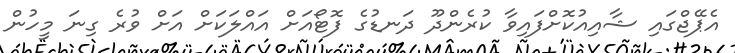
އެޕޭޖްގައި ޝާއިއުކޮށްފައިވާ ކުރެންދޫ ދަނޑުގެ ފޮޓޯއަށް އައްލަކަށް އަށް ވުރެ ގިނަ މީހުން